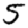
Digit: 5